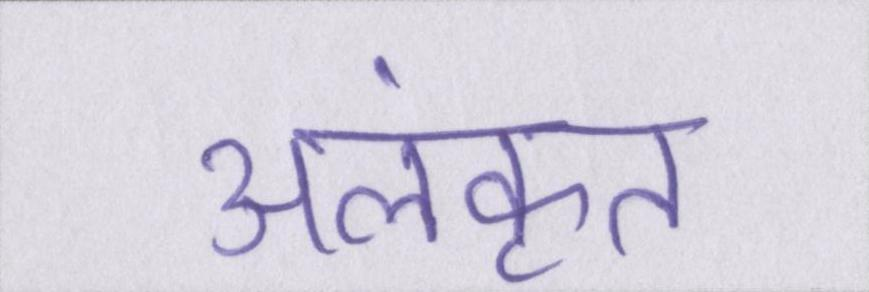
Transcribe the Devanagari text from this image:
अलंकृत